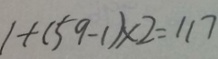
1 + ( 5 9 - 1 ) \times 2 = 1 1 7